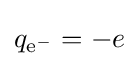
q_{{\text{e}}^{-}}=-e